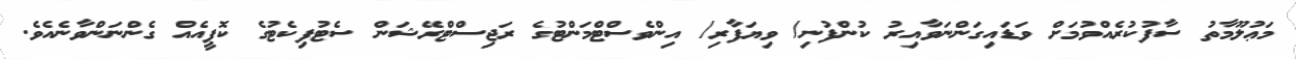
މަޢުލޫމާތު ސާފުކުރެއްވުމަށް ވަޑައިގަންނަވާއިރު ކުންފުނި/ ވިޔަފާރި/ އިންވެސްޓްމަންޓުގެ ރަޖިސްޓްރޭޝަން ސެޓުފިކެޓުގެ ކޮޕީއެއް ގެންނަންވާނެއެވެ.